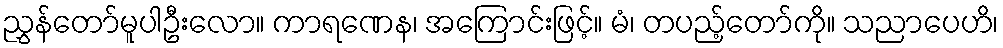
ညွှန်တော်မူပါဦးလော။ ကာရဏေန၊ အကြောင်းဖြင့်။ မံ၊ တပည့်တော်ကို။ သညာပေဟိ၊